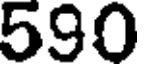
590